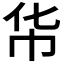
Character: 𮱳